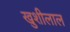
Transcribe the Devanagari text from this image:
खुशीलाल